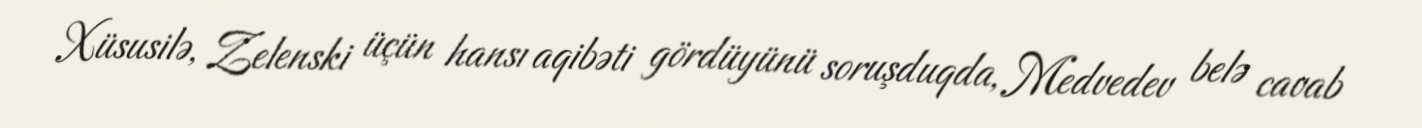
Xüsusilə, Zelenski üçün hansı aqibəti gördüyünü soruşduqda, Medvedev belə cavab